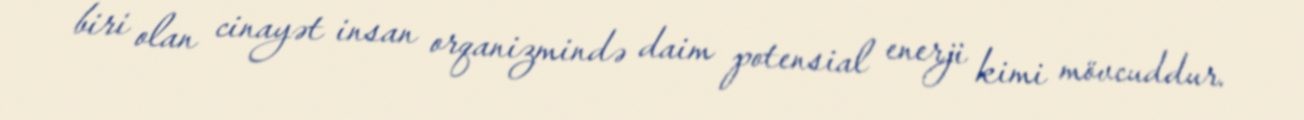
biri olan cinayət insan orqanizmində daim potensial enerji kimi mövcuddur.